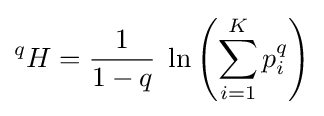
{}^{q}H={\frac {1}{1-q}}\;\ln \left(\sum _{i=1}^{K}p_{i}^{q}\right)